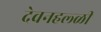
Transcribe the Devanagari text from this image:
देवनहल्ळी